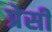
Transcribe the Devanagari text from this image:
प्रेसी